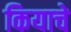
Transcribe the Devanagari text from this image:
कियाचे